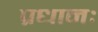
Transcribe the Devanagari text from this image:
प्रधानः